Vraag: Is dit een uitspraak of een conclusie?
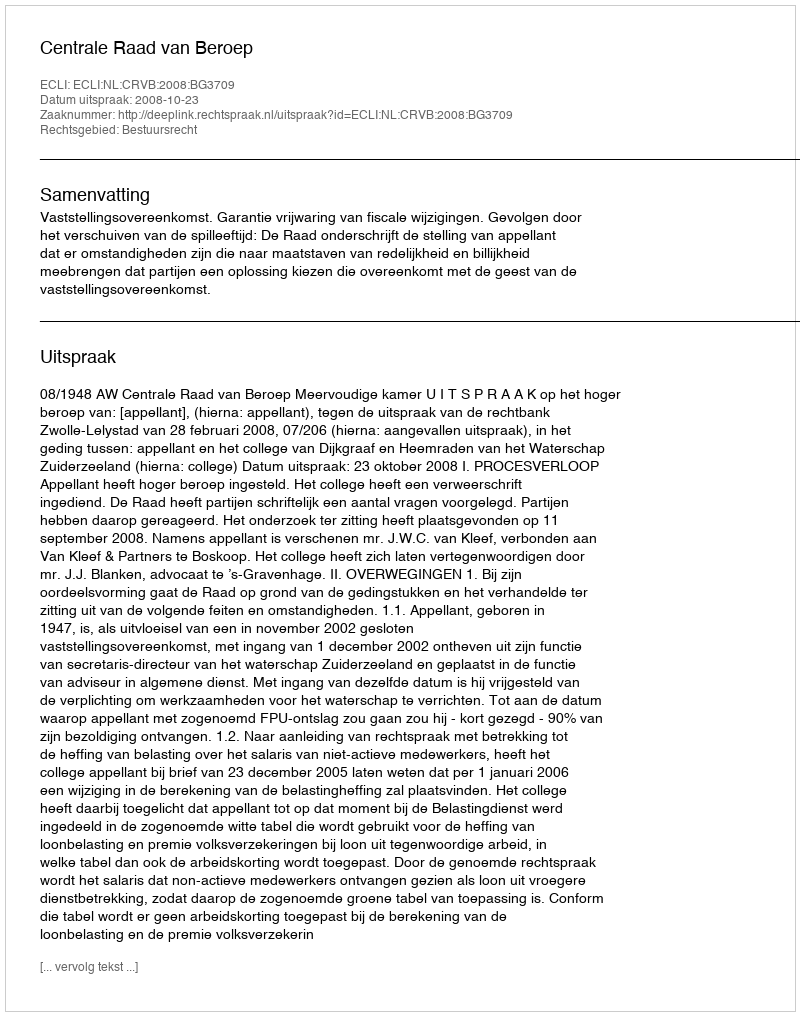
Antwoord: Uitspraak